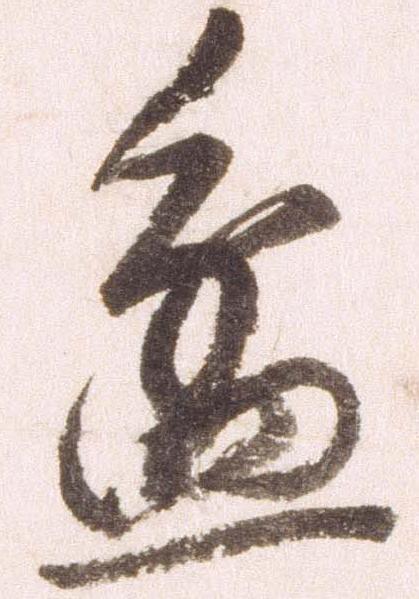
盆